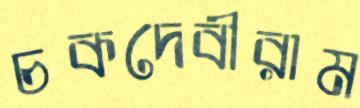
চকদেবীরাম